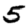
Digit: 5